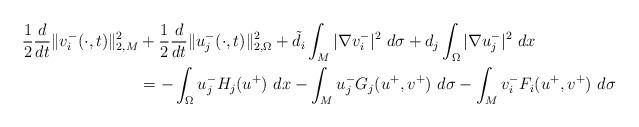
LaTeX: \begin{align*}\frac{1}{2}\frac{d}{dt}\Vert v_i^{-}(\cdot,t)\Vert^2_{2,M}&+\frac{1}{2}\frac{d}{dt}\Vert u_j^{-}(\cdot,t)\Vert^2_{2,\Omega}+\tilde d_i \int_M |\nabla v_i^{-}|^2\ d\sigma+ d_j \int_\Omega |\nabla u_j^{-}|^2\ dx \\&= -\int_\Omega u_j^{-} H_j(u^{+})\ dx-\int_M u_j^{-} G_j(u^{+},v^{+})\ d\sigma -\int_Mv_i^{-} F_i(u^{+}, v^{+})\ d\sigma\end{align*}